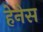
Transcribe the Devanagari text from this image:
हेनेस